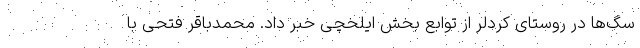
سگ‌ها در روستای کردلر از توابع بخش ایلخچی خبر داد. محمدباقر فتحی ‌با